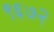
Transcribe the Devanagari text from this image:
९६७२